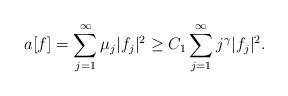
LaTeX: \begin{align*}\begin{aligned}a[f] = \sum_{j=1}^{\infty} \mu_j |f_j|^2 \geq C_1 \sum_{j=1}^{\infty} j^\gamma |f_j|^2.\end{aligned}\end{align*}